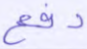
دفع